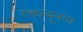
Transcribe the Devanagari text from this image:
रक्तन्यूनता